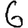
Digit: 6